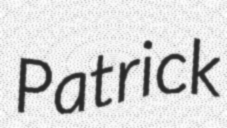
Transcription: Patrick